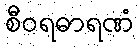
စီဝရဓာရဏံ